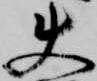
使